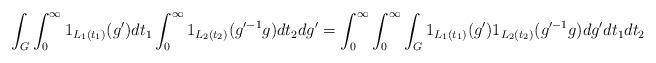
LaTeX: \begin{align*} \int_{G}^{} \int_{0}^{\infty} 1_{L_1 (t_1)} (g') dt_1 \int_{0}^{\infty} 1_{L_2 (t_2)} (g'^{-1} g) dt_2 dg' = \int_{0}^{\infty} \int_{0}^{\infty} \int_{G}^{} 1_{L_1 (t_1)} (g') 1_{L_2 (t_2)} (g'^{-1} g) dg' dt_1 dt_2 \end{align*}